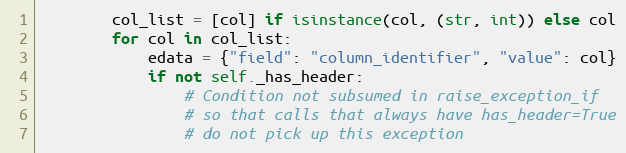
Language: Python
        col_list = [col] if isinstance(col, (str, int)) else col
        for col in col_list:
            edata = {"field": "column_identifier", "value": col}
            if not self._has_header:
                # Condition not subsumed in raise_exception_if
                # so that calls that always have has_header=True
                # do not pick up this exception